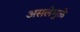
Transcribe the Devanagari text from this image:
असलेमुळे